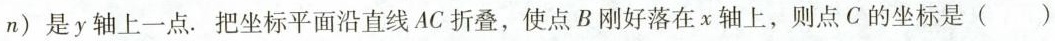
n)是y轴上一点.把坐标平面沿直线AC折叠，使点B刚好落在x轴上，则点C的坐标是()